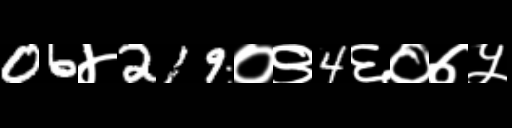
Text: 06४219०९4६०७५